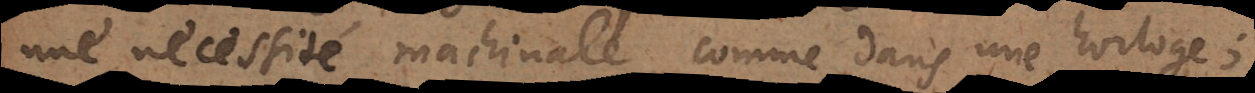
une nécessité machinale, comme dans une horloge;